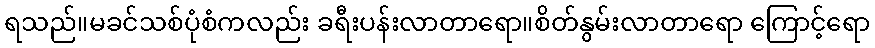
ရသည်။မခင်သစ်ပုံစံကလည်း ခရီးပန်းလာတာရော။စိတ်နွမ်းလာတာရော ကြောင့်ရော